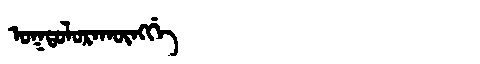
Manchu: ᠣᡴᡨᠣᠯᠣᡵᠠᡴᡡᠩᡤᡝ
Romanization: OKTOLORAKŪNGGE